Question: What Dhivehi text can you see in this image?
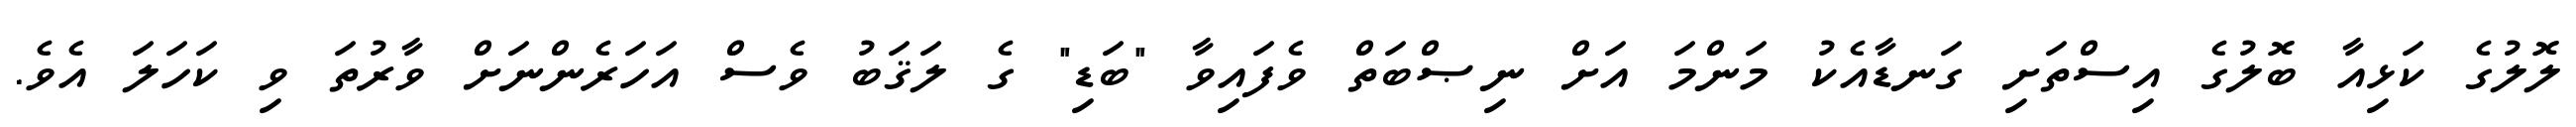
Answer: ލޮލުގެ ކަޅިއާ ބޮލުގެ އިސްތަށި ގަނޑާއެކު މަންމަ އަށް ނިޞްބަތް ވެފައިވާ "ބަޑި" ގެ ލަޤަބު ވެސް އަހަރެންނަށް ވާރުތަ ވި ކަހަލަ އެވެ.